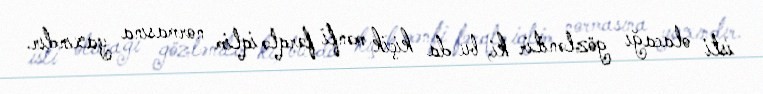
isti olacağı gözlənilir ki, bu da kiçik mənfi fərqlə iqlim normasına yaxındır.